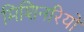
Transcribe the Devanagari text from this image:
मिशिनरियो